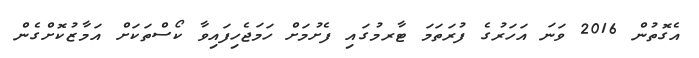
އެގޮތުން 2016 ވަނަ އަހަރުގެ ފުރަތަމަ ޓާރމުގައި ފެށުމަށް ހަމަޖެހިފައިވާ ކޯސްތަކަށް އަމާޒުކޮށްގެން